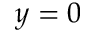
y = 0